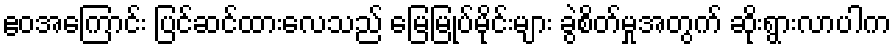
ဧဝအကြောင်း ပြင်ဆင်ထားလေသည် မြေမြုပ်မိုင်းများ ခွဲစိတ်မှုအတွက် ဆိုးရွားလာပါက